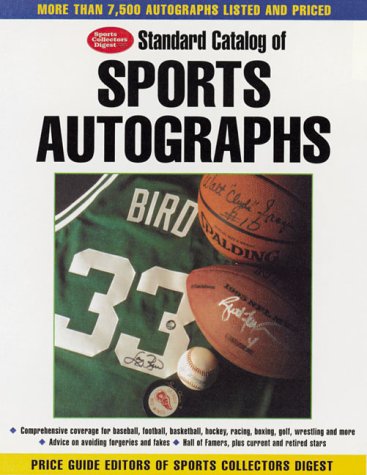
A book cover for Standard Catalog of Sports Autographs; Tom Mortenson; Crafts, Hobbies & Home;